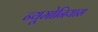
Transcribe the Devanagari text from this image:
न्यूमोनियास